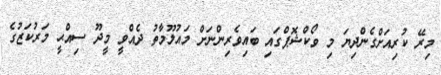
މިރޭ ކުރިއަށްގެންދިޔަ މި ވޯކްޝޮޕްގައި ބައިވެރިންނަށް މައުލޫމާތު ދެއްވީ މީދޫ ސިއްޙީ މަރުކަޒުގެ